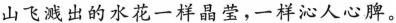
山飞溅出的水花一样晶莹，一样沁人心脾。